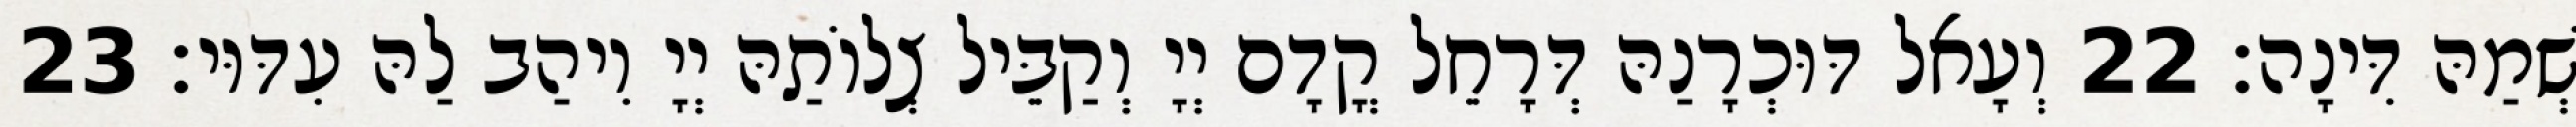
שְׁמַהּ דִּינָה׃ 22 וְעָאל דּוּכְרָנַהּ דְּרָחֵל קֳדָם יְיָ וְקַבֵּיל צְלוֹתַהּ יְיָ וִיהַב לַהּ עִדּוּי׃ 23